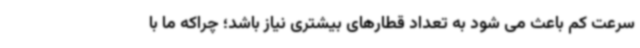
سرعت کم باعث می شود به تعداد قطارهای بیشتری نیاز باشد؛ چراکه ما با